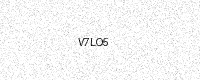
Text: V7LO5